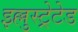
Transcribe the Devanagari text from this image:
इल्लुस्ट्रेटेड